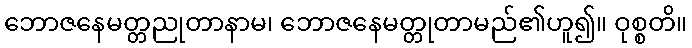
ဘောဇနေမတ္တညုတာနာမ၊ ဘောဇနေမတ္တုတာမည်၏ဟူ၍။ ဝုစ္စတိ။